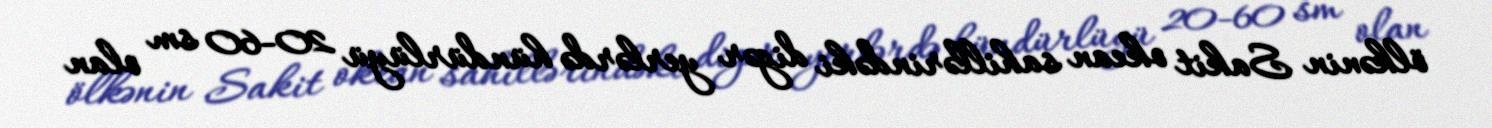
ölkənin Sakit okean sahillərindəki digər yerlərdə hündürlüyü 20-60 sm olan